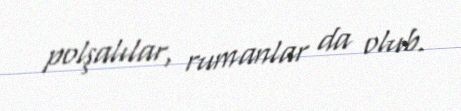
polşalılar, rumanlar da olub.